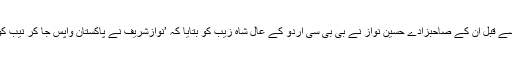
سابق وزیراعظم کی میڈیا سے گفتگو سے قبل ان کے صاحبزادے حسین نواز نے بی بی سی اردو کے عال شاہ زیب کو بتایا کہ ’نوازشریف نے پاکستان واپس جا کر نیب کورٹ میں پیش ہونے کا فیصلہ کیا ہے۔